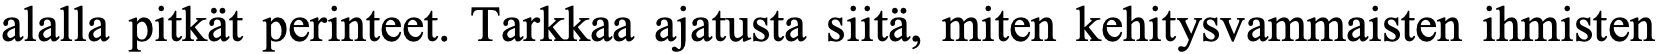
alalla pitkät perinteet. Tarkkaa ajatusta siitä, miten kehitysvammaisten ihmisten